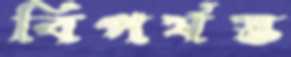
বিপর্যস্ত